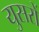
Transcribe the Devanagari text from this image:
युसरों